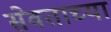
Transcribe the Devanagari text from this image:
सेवताच्या